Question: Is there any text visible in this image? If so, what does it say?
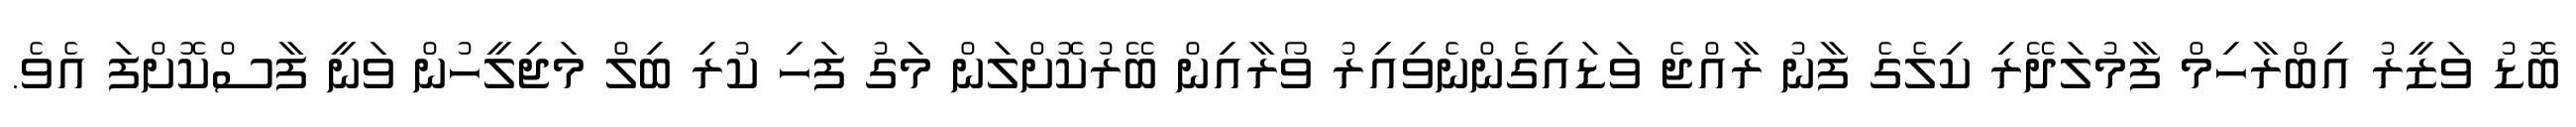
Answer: ބޮޑު ވަޒީރު އިބްރާހިމް ފާމުލަދޭރި ކިލެގެ ފާނު ރާއްޖެ ވަޑައިގެންނެވިއިރު ވޯރާއިން ބޭރުކޮށްލަން މަގު ފަހި ކުރި ބިލް މަޖިލީހުން ވަނީ ފާސްކޮށްފަ އެވެ.